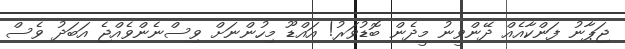
ޖަޕާނު ފަންކާއެއް ދޭންވީނު މީދެން ބޮޑުވަރު! އައްޑޫ މިހުންނަށް ވިސްނެންވެއްޖެ އަބަދު ވެސް